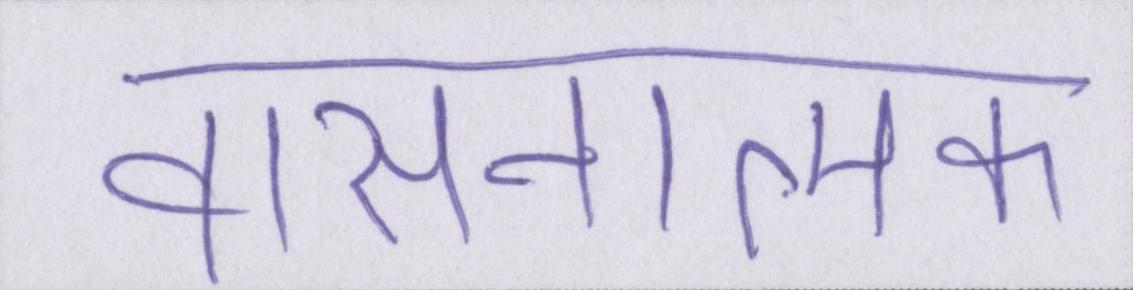
वासनात्मक